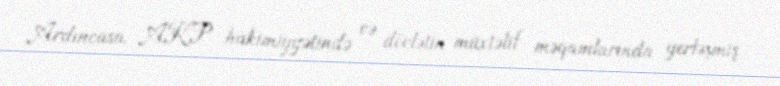
Ardıncasa, AKP hakimiyyətində və dövlətin müxtəlif məqamlarında yerləşmiş